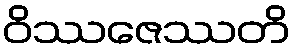
ဝိဿဇေဿတိ